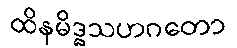
ထိနမိဒ္ဓသဟဂတော